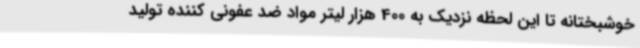
خوشبختانه تا این لحظه نزدیک به 400 هزار لیتر مواد ضد عفونی کننده تولید